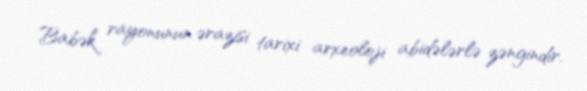
Babək rayonunun ərazisi tarixi arxeoloji abidələrlə zəngindir.